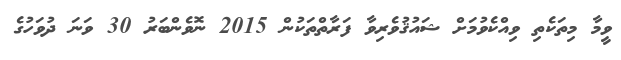
ވީމާ މިތަކެތި ވިއްކެވުމަށް ޝައުޤުވެރިވާ ފަރާތްތަކުން 2015 ނޮވެންބަރު 30 ވަނަ ދުވަހުގެ